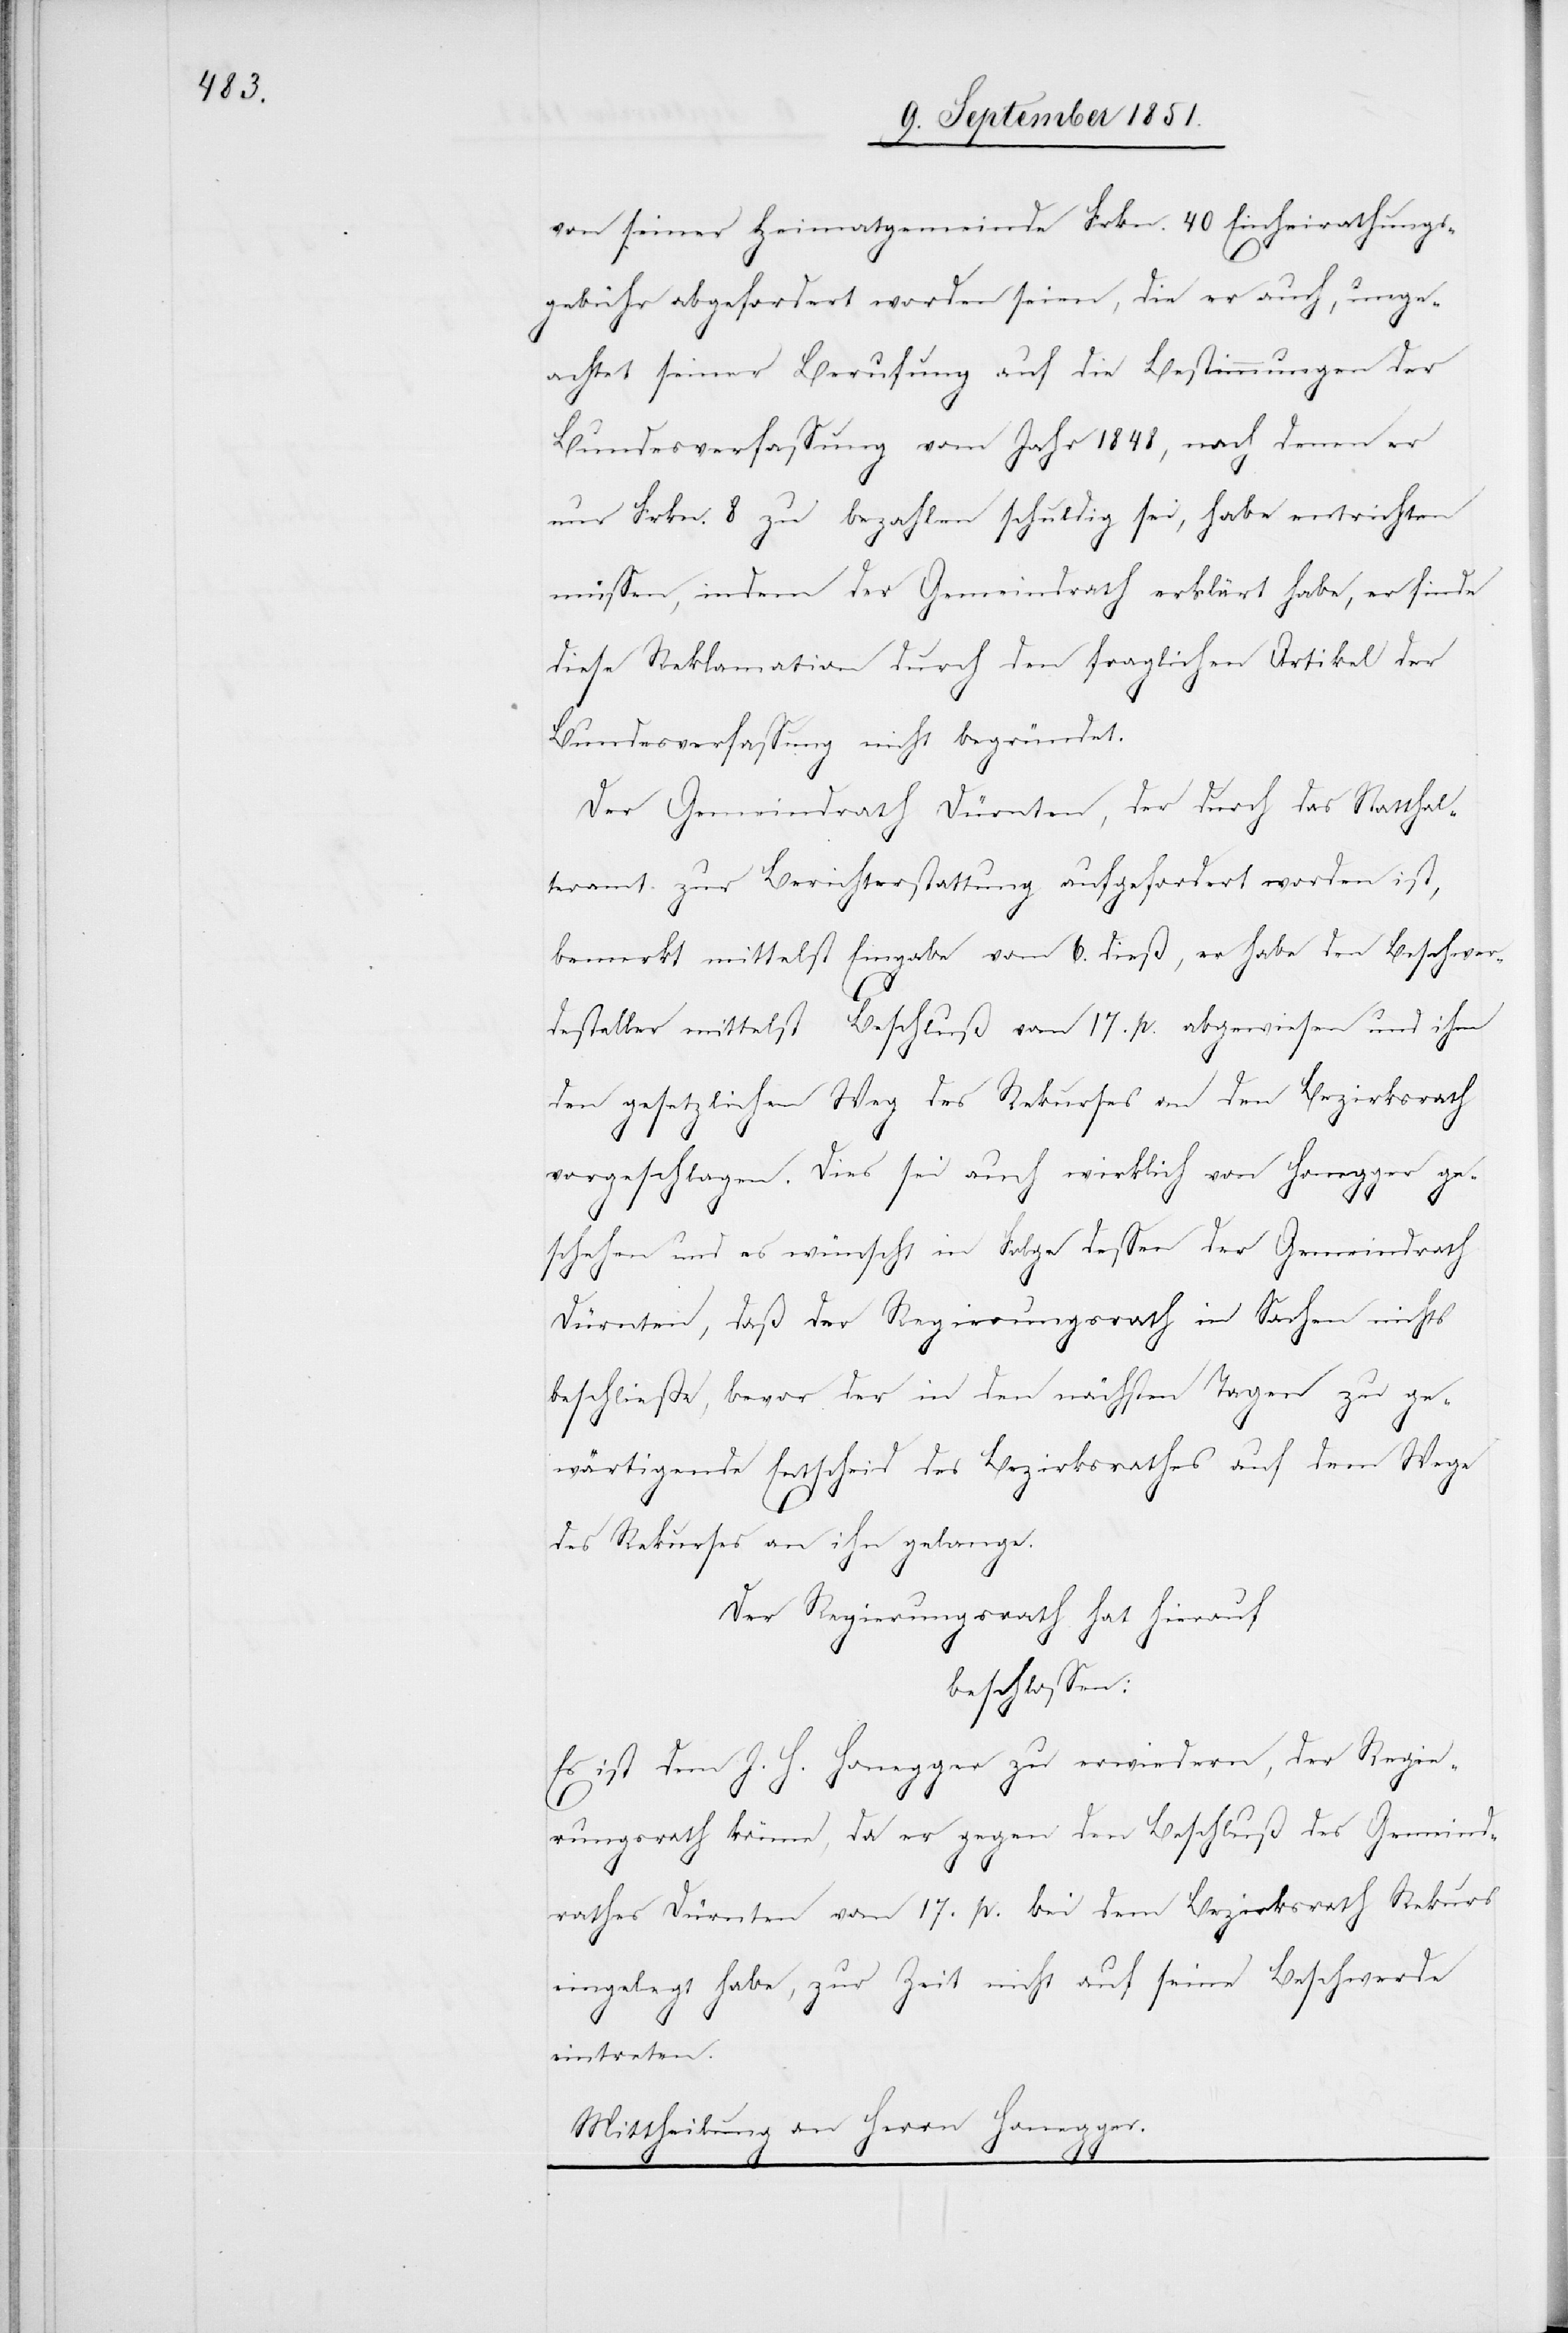
von seiner Heimatgemeinde Frkn. 40 Einheirathungs¬
gebühr abgefordert worden seien, die er auch, unge¬
achtet seiner Berufung auf die Bestimmungen der
Bundesverfassung vom Jahr 1848, nach denen er
nur Frkn. 8 zu bezahlen schuldig sei, habe entrichten
müssen, indem der Gemeindrath erklärt habe, er finde
diese Reklamation durch den fraglichen Artikel der
Bundesverfassung nicht begründet.
Der Gemeindrath Dürnten, der durch das Statthalt¬
eramt zur Berichterstattung aufgefordert worden ist,
bemerkt mittelst Eingabe vom 6. dieß, er habe den Beschwer¬
desteller mittelst Beschluß vom 17. p. abgewiesen und ihm
den gesetzlichen Weg des Rekurses an den Bezirksrath
vorgeschlagen. Dies sei auch wirklich von Honegger ge¬
schehen und es wünscht in Folge dessen der Gemeindrath
Dürnten, daß der Regierungsrath in Sachen nichts
beschließe, bevor der in den nächsten Tagen zu ge¬
wärtigende Entscheid des Bezirksrathes auf dem Wege
des Rekurses an ihn gelange.
Der Regierungsrath hat hierauf
beschlossen:
Es ist dem J. H. Honegger zu erwiedern, der Regie¬
rungsrath könne, da er gegen den Beschluß des Gemeind¬
rathes Dürnten vom 17. p. bei dem Bezirksrath Rekurs
eingelegt habe, zur Zeit nicht auf seine Beschwerde
eintreten.
Mittheilung an Herrn Honegger.